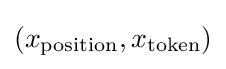
(x_{\mathrm {position} },x_{\mathrm {token} })